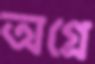
অগ্রে